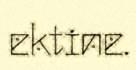
ektine.